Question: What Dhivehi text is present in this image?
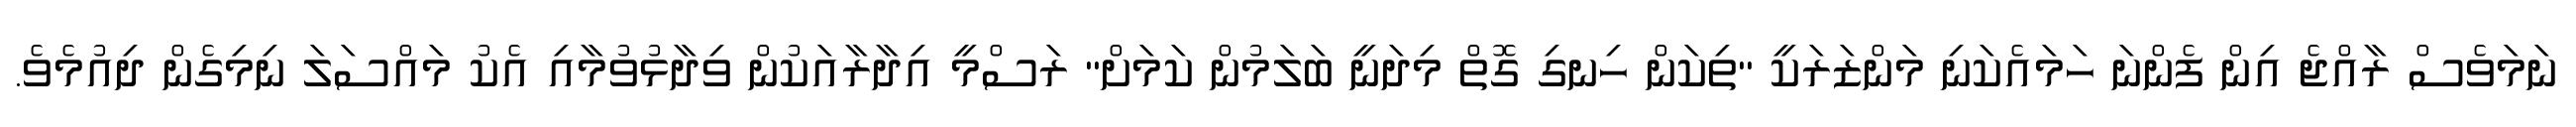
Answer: ނަމަވެސް ރާއްޖެ އިން ފެންނަ ހަމައެކަނި މަންޒަރަކީ "ތިކަން ހިނގި ގޮތް މިދަނީ ބަލަމުން ކަމަށް" ރަސްމީ އިދާރާއަކުން ވިދާޅުވުމާއި އެކު މައްސަލަ ނިމިގެން ދިއުމެވެ.